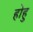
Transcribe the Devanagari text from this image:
होहु